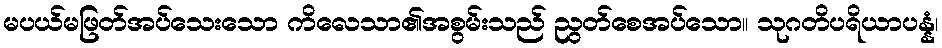
မပယ်မဖြတ်အပ်သေးသော ကိလေသာ၏အစွမ်းသည် ညွတ်စေအပ်သော။ သုဂတိပရိယာပန္နံ၊